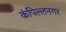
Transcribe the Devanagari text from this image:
कंपिल्लनगर